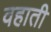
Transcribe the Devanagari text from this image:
वहाती